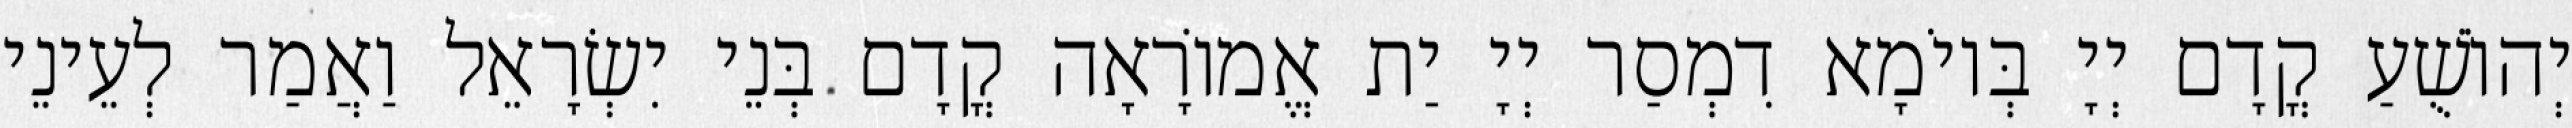
יְהוֹשֻׁעַ קֳדָם יְיָ בְּיוֹמָא דִמְסַר יְיָ יַת אֱמוֹרָאָה קֳדָם בְּנֵי יִשְׂרָאֵל וַאֲמַר לְעֵינֵי